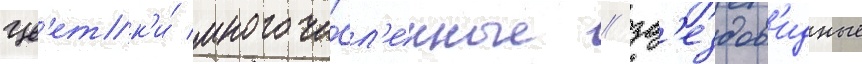
Цв'етк'и́ многочи́сл'енные / зв'ездов'идные